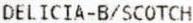
DELICIA-B/SCOTCH